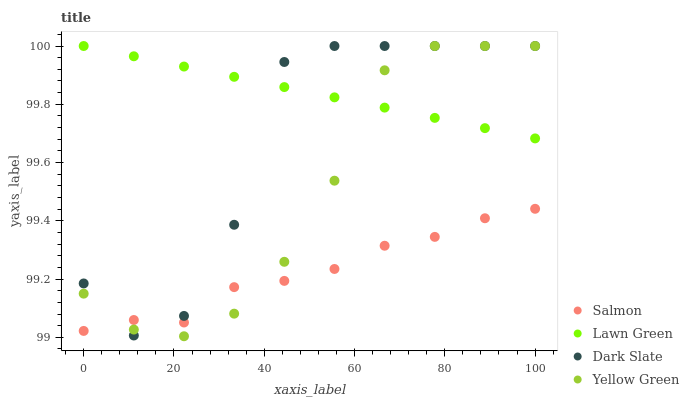
| xaxis_label | Salmon | Lawn Green | Dark Slate | Yellow Green |
 | --- | --- | --- | --- | --- |
 | 0 | 99 | 100 | 99.2 | 99.1 |
 | 11.1 | 99.1 | 100 | 99 | 99 |
 | 22.2 | 99.1 | 99.9 | 99.1 | 99 |
 | 33.3 | 99.2 | 99.9 | 99.4 | 99.1 |
 | 44.4 | 99.2 | 99.9 | 99.9 | 99.3 |
 | 55.6 | 99.2 | 99.8 | 100 | 99.5 |
 | 66.7 | 99.3 | 99.8 | 100 | 99.9 |
 | 77.8 | 99.3 | 99.8 | 100 | 100 |
 | 88.9 | 99.4 | 99.7 | 100 | 100 |
 | 100 | 99.4 | 99.7 | 100 | 100 |